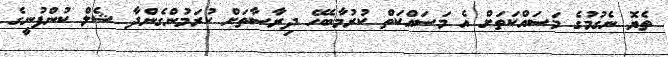
ތެޔޮ ނެގުމުގެ މަސައްކަތަށް އެ މަސައްކަތް ކުރުމާބެހޭ ދިރާސާތަށް ކުރަމުންގެންދާ ޝެލް ކުންފުނީގެ